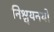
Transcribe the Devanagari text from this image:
निश्चयनयों